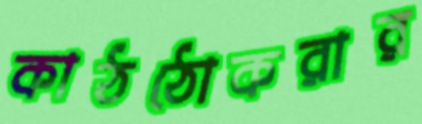
কাঠঠোকরার